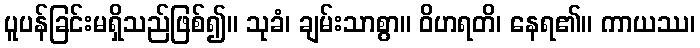
ပူပန်ခြင်းမရှိသည်ဖြစ်၍။ သုခံ၊ ချမ်းသာစွာ။ ဝိဟရတိ၊ နေရ၏။ ကာယဿ၊